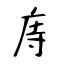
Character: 庤